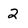
Character: 2